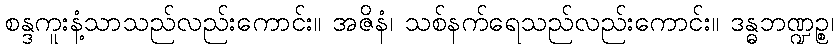
စန္ဒကူးနံ့သာသည်လည်းကောင်း။ အဇိနံ၊ သစ်နက်ရေသည်လည်းကောင်း။ ဒန္ဓဘဏ္ဍဉ္စ၊